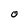
Character: O